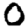
Digit: 0